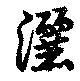
灑